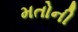
મતોની